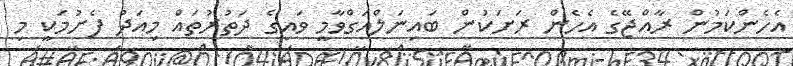
އެހެންކަމުން ރާއްޖޭގެ އެހެން ރަށަކުން ބައިނަލްއަގްވާމީ ވައިގެ ދަތުރުތައް މިއަދު ފެށުމަކީ މި